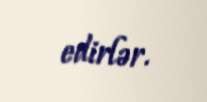
edirlər.